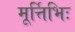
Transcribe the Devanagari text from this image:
मूर्त्तिभिः